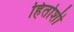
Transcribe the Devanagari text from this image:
हितोशी